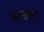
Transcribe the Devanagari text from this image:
यज्ञरहस्य